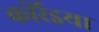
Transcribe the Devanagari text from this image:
कोर्रेइया